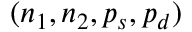
( n _ { 1 } , n _ { 2 } , p _ { s } , p _ { d } )